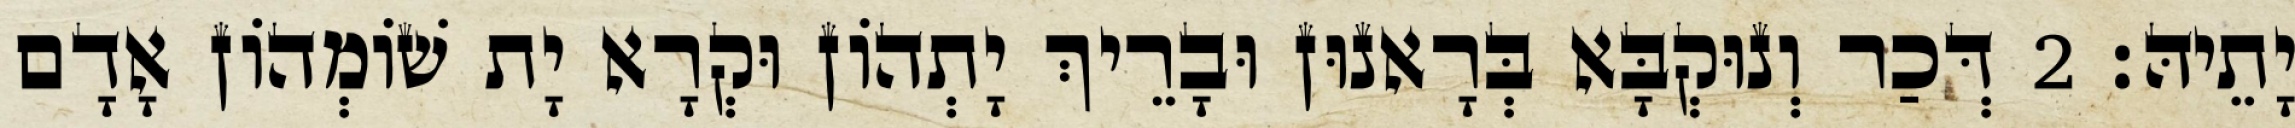
יָתֵיהּ׃ 2 דְּכַר וְנוּקְבָּא בְּרָאנוּן וּבָרֵיךְ יָתְהוֹן וּקְרָא יָת שׁוֹמְהוֹן אָדָם